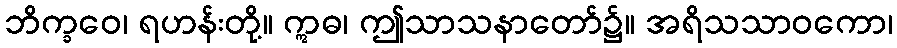
ဘိက္ခဝေ၊ ရဟန်းတို့။ ဣဓ၊ ဤသာသနာတော်၌။ အရိသသာဝကော၊